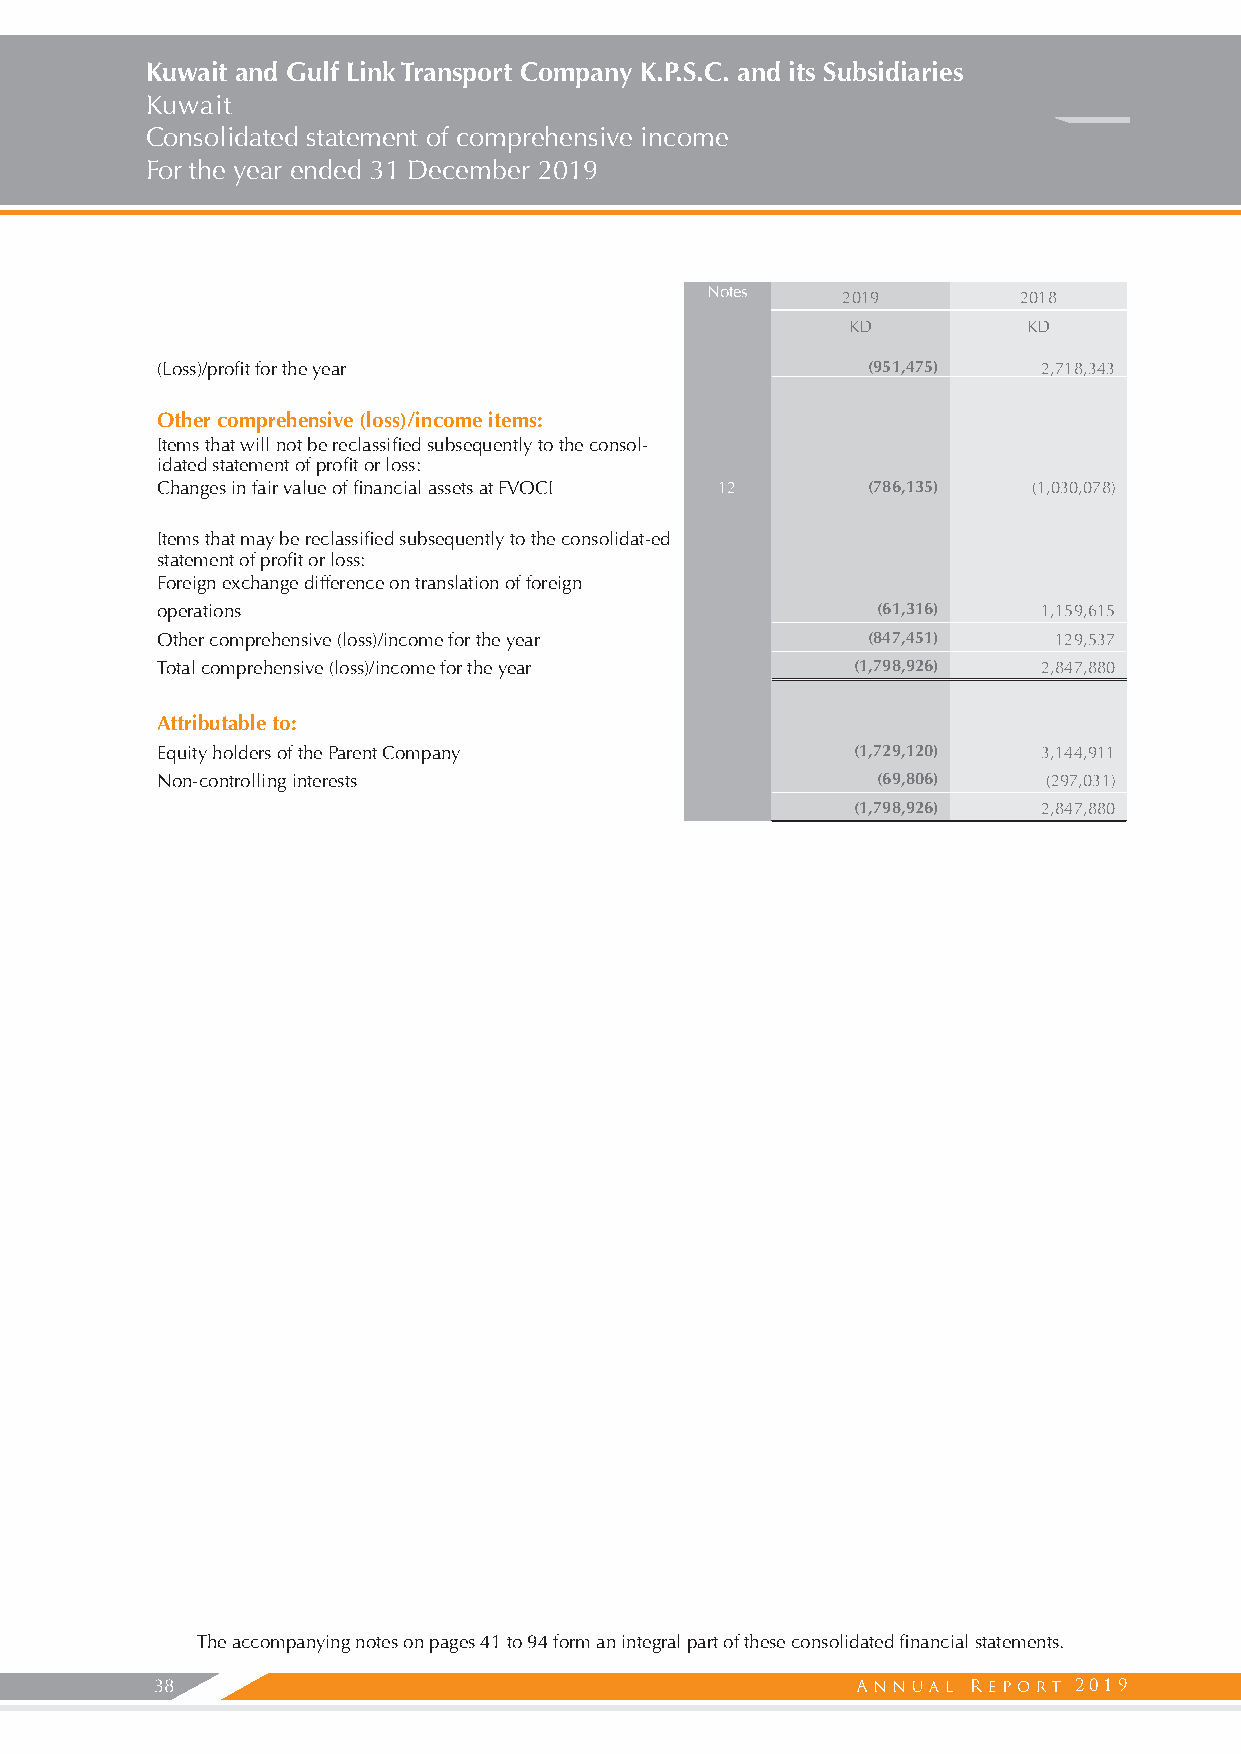
Kuwait and Gulf Link Transport Company K.P.S.C. and its Subsidiaries
 Kuwait
 Consolidated statement of comprehensive income
 For the year ended 31 December 2019
 Notes    2019       2018
 KD          KD
 (Loss)/profit for the year                     (951,475)   2,718,343
 Other comprehensive (loss)/income items:
 Items that will not be reclassified subsequently to the consol-
 idated statement of profit or loss:
 Changes in fair value of financial assets at FVOCI 12 (786,135) (1,030,078)
 Items that may be reclassified subsequently to the consolidat-ed
 statement of profit or loss:
 Foreign exchange difference on translation of foreign
 operations                                      (61,316)   1,159,615
 Other comprehensive (loss)/income for the year (847,451)    129,537
 Total comprehensive (loss)/income for the year (1,798,926) 2,847,880
 Attributable to:
 Equity holders of the Parent Company          (1,729,120)  3,144,911
 Non-controlling interests                       (69,806)   (297,031)
 (1,798,926)  2,847,880
 The accompanying notes on pages 41 to 94 form an integral part of these consolidated financial statements.
 38                                                           2019